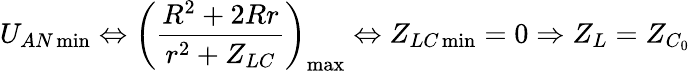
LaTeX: U_{AN\operatorname*{min}}\Leftrightarrow\left(\frac{R^{2}+2Rr}{r^{2}+Z_{LC}}\right)_{\operatorname*{max}}\Leftrightarrow Z_{LC\operatorname*{min}}=0\Rightarrow Z_{L}=Z_{C_{0}}